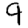
Digit: 9